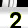
Digit: 2